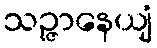
သဉ္ဇာနေယျံ